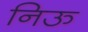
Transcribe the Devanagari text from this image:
निऊ